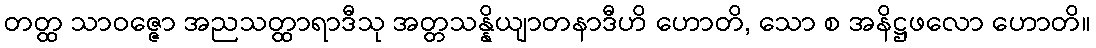
တတ္ထ သာဝဇ္ဇော အညသတ္ထာရာဒီသု အတ္တသန္နိယျာတနာဒီဟိ ဟောတိ, သော စ အနိဋ္ဌဖလော ဟောတိ။